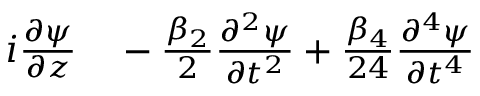
\begin{array} { r l } { i \frac { \partial \psi } { \partial z } } & { { } - \frac { \beta _ { 2 } } { 2 } \frac { \partial ^ { 2 } \psi } { \partial t ^ { 2 } } + \frac { \beta _ { 4 } } { 2 4 } \frac { \partial ^ { 4 } \psi } { \partial t ^ { 4 } } } \end{array}